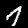
Label: 7